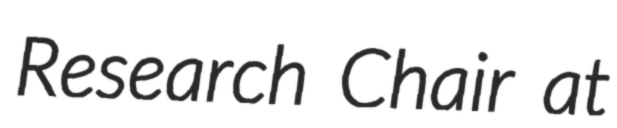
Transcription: Research Chair at